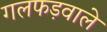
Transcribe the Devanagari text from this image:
गलफड़वाले